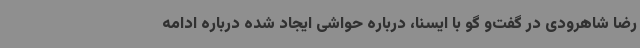
رضا شاهرودی در گفت‌و گو با ایسنا، درباره حواشی ایجاد شده درباره ادامه